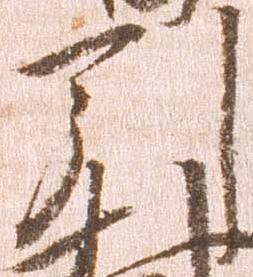
引